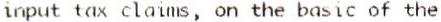
INPUT TAX CLAIMS, ON THE BASIC OF THE